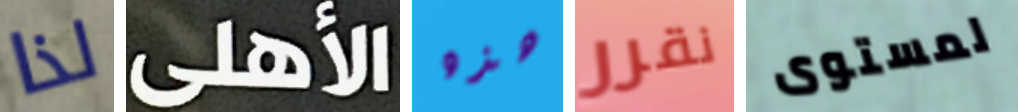
لذا الأهلى هذه نقرر لمستوى